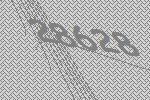
28628